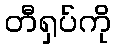
တီရှပ်ကို